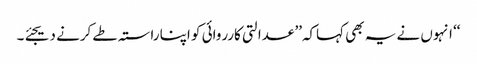
‘‘ انہوں نے یہ بھی کہاکہ’’ عدالتی کارروائی کو اپنا راستہ طے کرنے دیجئے۔